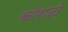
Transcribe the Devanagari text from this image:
कोरादो